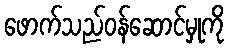
ဖောက်သည်ဝန်ဆောင်မှုကို